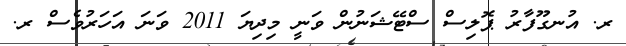
ރ. އުނގޫފާރު ޕޮލިސް ސްޓޭޝަނުން ވަނީ މިދިޔަ 2011 ވަނަ އަހަރުވެސް ރ.